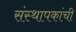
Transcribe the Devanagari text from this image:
संस्थापकांची